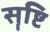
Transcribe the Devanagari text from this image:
सॄष्टि